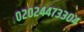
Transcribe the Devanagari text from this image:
०२०२४४७३३०४